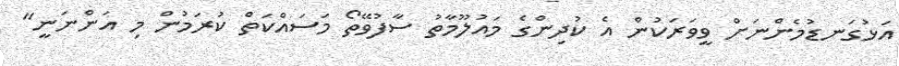
އަޅުގަނޑުމެންނަށް ވީވަރަކުން އެ ކުދިންގެ މައުލޫމާތު ސާފުވޭތޯ މަސައްކަތް ކުރަމުން މި އަންނަނީ"